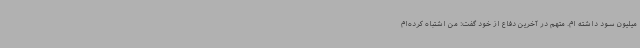
میلیون سود داشته ام. متهم در آخرین دفاع از خود گفت: من اشتباه کرده‌ام